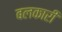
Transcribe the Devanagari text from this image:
बलकारी